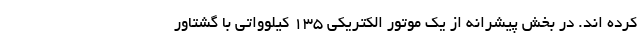
کرده اند. در بخش پیشرانه از یک موتور الکتریکی 135 کیلوواتی با گشتاور